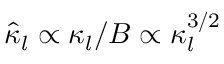
\hat { \kappa } _ { l } \propto \kappa _ { l } / B \propto \kappa _ { l } ^ { 3 / 2 }